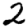
Digit: 2